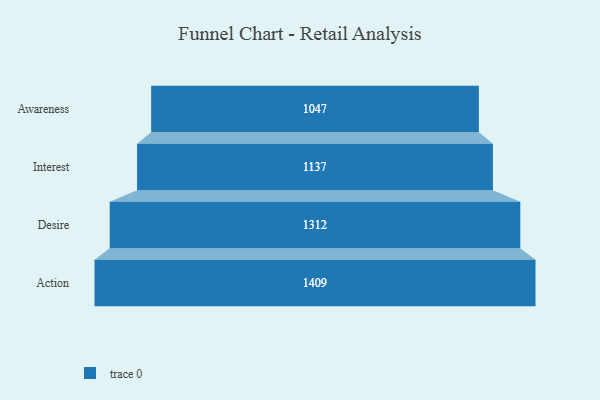
{"axis": {"x": "Stage", "y": "Value"}, "legend": [""], "data": [{"x": "Awareness", "y": 1047.0, "type": ""}, {"x": "Interest", "y": 1137.0, "type": ""}, {"x": "Desire", "y": 1312.0, "type": ""}, {"x": "Action", "y": 1409.0, "type": ""}]}